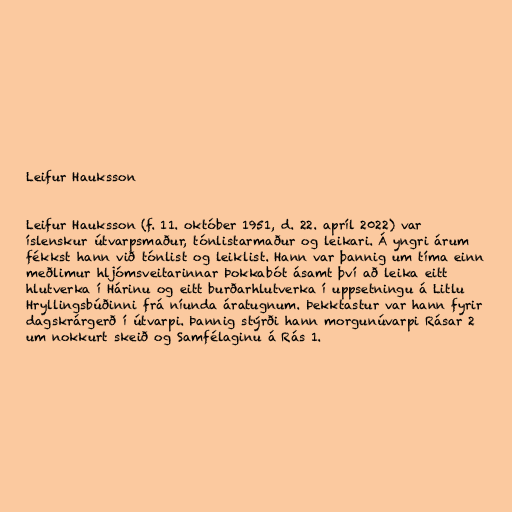
Leifur Hauksson

Leifur Hauksson (f. 11. október 1951, d. 22. apríl 2022) var
íslenskur útvarpsmaður, tónlistarmaður og leikari. Á yngri árum
fékkst hann við tónlist og leiklist. Hann var þannig um tíma einn
meðlimur hljómsveitarinnar Þokkabót ásamt því að leika eitt
hlutverka í Hárinu og eitt burðarhlutverka í uppsetningu á Litlu
Hryllingsbúðinni frá níunda áratugnum. Þekktastur var hann fyrir
dagskrárgerð í útvarpi. Þannig stýrði hann morgunúvarpi Rásar 2
um nokkurt skeið og Samfélaginu á Rás 1.